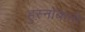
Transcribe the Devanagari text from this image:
हुस्नोबानो